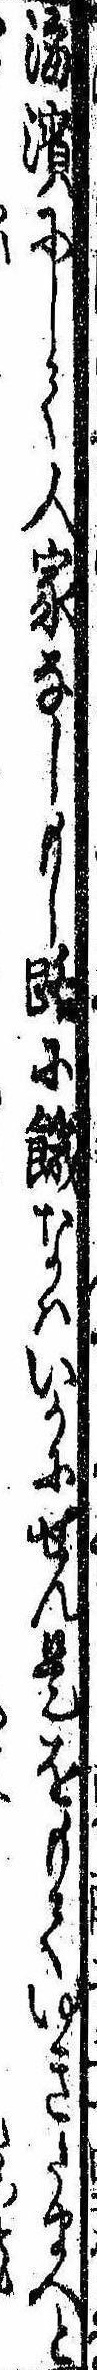
海浜にして人家なしもし路に餓なはいかにせん是をもてゆきたまへと